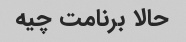
حالا برنامت چیه